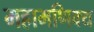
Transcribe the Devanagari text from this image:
महामणिक्य